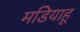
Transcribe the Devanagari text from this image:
मडियाहू